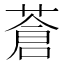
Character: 蒼